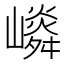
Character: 𡽤